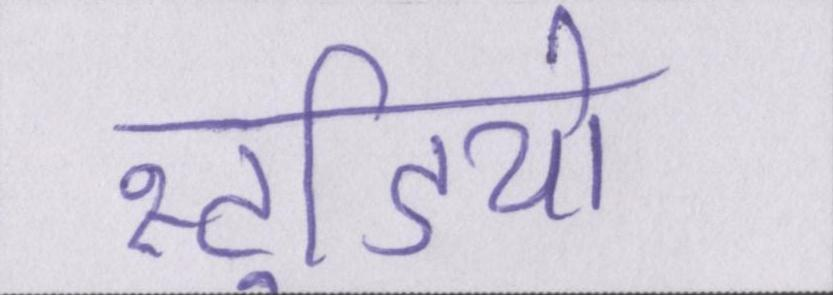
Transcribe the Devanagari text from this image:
स्टूडियो